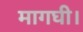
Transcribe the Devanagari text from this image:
मागघी।